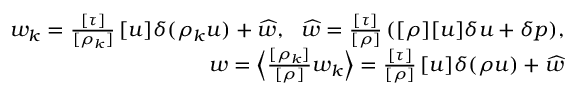
\begin{array} { r } { w _ { k } = \frac { [ \tau ] } { [ \rho _ { k } ] } \, [ u ] \delta ( \rho _ { k } u ) + \widehat { w } , \ \ \widehat { w } = \frac { [ \tau ] } { [ \rho ] } \, ( [ \rho ] [ u ] \delta u + \delta p ) , } \\ { w = \Big \langle \frac { [ \rho _ { k } ] } { [ \rho ] } w _ { k } \Big \rangle = \frac { [ \tau ] } { [ \rho ] } \, [ u ] \delta ( \rho u ) + \widehat { w } } \end{array}